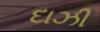
દાઝી